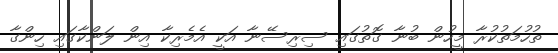
ތުހުމަތުކުރާ މީހުން ބުނާ ގޮތުގައި ސިރިސޭނާ އަކީ އެމެރިކާ އިން ލަންކާގައި ހިންގާ